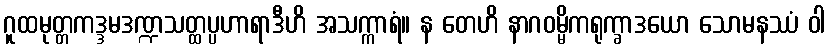
ဂူထမုတ္တကဒ္ဒမဒဏ္ဍသတ္ထပ္ပဟာရာဒီဟိ အသက္ကာရံ။ န တေဟိ နာဂဝမ္မိကရုက္ခာဒယော သောမနဿံ ဝါ